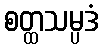
စတ္ထသမ္ပဒံ